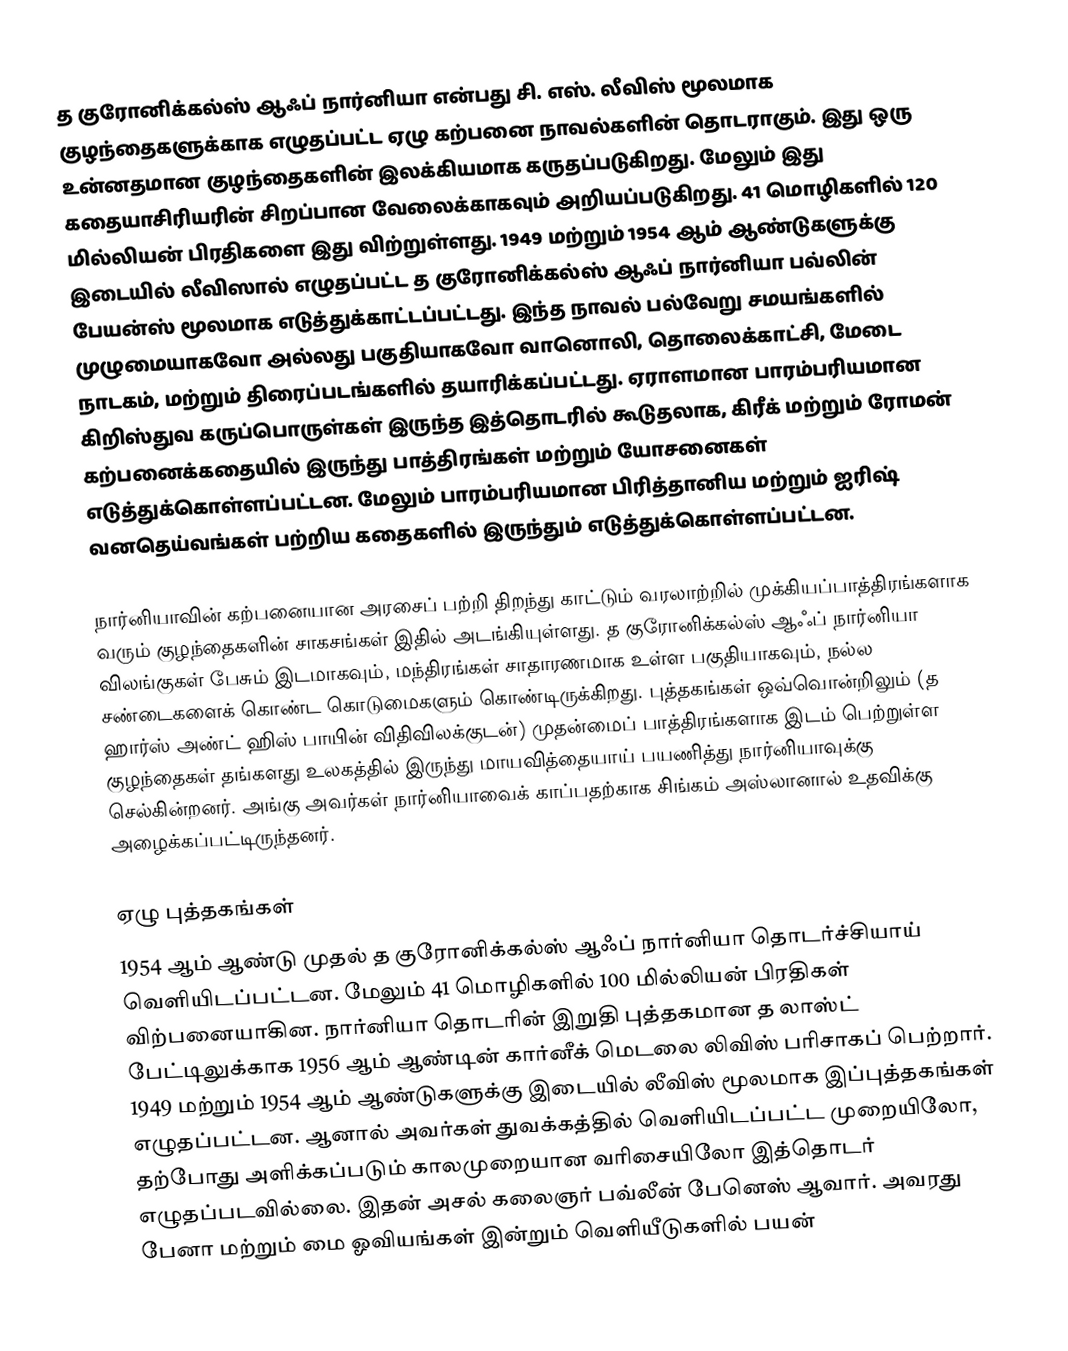
த குரோனிக்கல்ஸ் ஆஃப் நார்னியா  என்பது சி. எஸ். லீவிஸ் மூலமாக குழந்தைகளுக்காக எழுதப்பட்ட ஏழு கற்பனை நாவல்களின் தொடராகும். இது ஒரு உன்னதமான குழந்தைகளின் இலக்கியமாக கருதப்படுகிறது. மேலும் இது கதையாசிரியரின் சிறப்பான வேலைக்காகவும் அறியப்படுகிறது. 41 மொழிகளில் 120 மில்லியன் பிரதிகளை இது விற்றுள்ளது. 1949 மற்றும் 1954 ஆம் ஆண்டுகளுக்கு இடையில் லீவிஸால் எழுதப்பட்ட த குரோனிக்கல்ஸ் ஆஃப் நார்னியா பவ்லின் பேயன்ஸ் மூலமாக எடுத்துக்காட்டப்பட்டது. இந்த நாவல் பல்வேறு சமயங்களில் முழுமையாகவோ அல்லது பகுதியாகவோ வானொலி, தொலைக்காட்சி, மேடை நாடகம், மற்றும் திரைப்படங்களில் தயாரிக்கப்பட்டது. ஏராளமான பாரம்பரியமான கிறிஸ்துவ கருப்பொருள்கள் இருந்த இத்தொடரில் கூடுதலாக, கிரீக் மற்றும் ரோமன் கற்பனைக்கதையில் இருந்து பாத்திரங்கள் மற்றும் யோசனைகள் எடுத்துக்கொள்ளப்பட்டன. மேலும் பாரம்பரியமான பிரித்தானிய மற்றும் ஐரிஷ் வனதெய்வங்கள் பற்றிய கதைகளில் இருந்தும் எடுத்துக்கொள்ளப்பட்டன.

நார்னியாவின் கற்பனையான அரசைப் பற்றி திறந்து காட்டும் வரலாற்றில் முக்கியப்பாத்திரங்களாக வரும் குழந்தைகளின் சாகசங்கள் இதில் அடங்கியுள்ளது. த குரோனிக்கல்ஸ் ஆஃப் நார்னியா விலங்குகள் பேசும் இடமாகவும், மந்திரங்கள் சாதாரணமாக உள்ள பகுதியாகவும், நல்ல சண்டைகளைக் கொண்ட கொடுமைகளும் கொண்டிருக்கிறது. புத்தகங்கள் ஒவ்வொன்றிலும் (த ஹார்ஸ் அண்ட் ஹிஸ் பாயின் விதிவிலக்குடன்) முதன்மைப் பாத்திரங்களாக இடம் பெற்றுள்ள குழந்தைகள் தங்களது உலகத்தில் இருந்து மாயவித்தையாய் பயணித்து நார்னியாவுக்கு செல்கின்றனர். அங்கு அவர்கள் நார்னியாவைக் காப்பதற்காக சிங்கம் அஸ்லானால் உதவிக்கு அழைக்கப்பட்டிருந்தனர்.

ஏழு புத்தகங்கள்
1954 ஆம் ஆண்டு முதல் த குரோனிக்கல்ஸ் ஆஃப் நார்னியா தொடர்ச்சியாய் வெளியிடப்பட்டன. மேலும் 41 மொழிகளில் 100 மில்லியன் பிரதிகள் விற்பனையாகின. நார்னியா தொடரின் இறுதி புத்தகமான த லாஸ்ட் பேட்டிலுக்காக 1956 ஆம் ஆண்டின் கார்னீக் மெடலை லிவிஸ் பரிசாகப் பெற்றார். 1949 மற்றும் 1954 ஆம் ஆண்டுகளுக்கு இடையில் லீவிஸ் மூலமாக இப்புத்தகங்கள் எழுதப்பட்டன. ஆனால் அவர்கள் துவக்கத்தில் வெளியிடப்பட்ட முறையிலோ, தற்போது அளிக்கப்படும் காலமுறையான வரிசையிலோ இத்தொடர் எழுதப்படவில்லை. இதன் அசல் கலைஞர் பவ்லீன் பேனெஸ் ஆவார். அவரது பேனா மற்றும் மை ஓவியங்கள் இன்றும் வெளியீடுகளில் பயன்